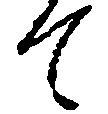
て